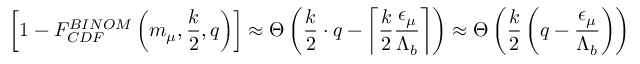
\left[ 1 - F _ { C D F } ^ { B I N O M } \left( m _ { \mu } , \frac { k } { 2 } , q \right) \right] \approx \Theta \left( \frac { k } { 2 } \cdot q - \left\lceil \frac { k } { 2 } \frac { { \epsilon } _ { \mu } } { { \Lambda } _ { b } } \right\rceil \right) \approx \Theta \left( \frac { k } { 2 } \left( q - \frac { { \epsilon } _ { \mu } } { { \Lambda } _ { b } } \right) \right)